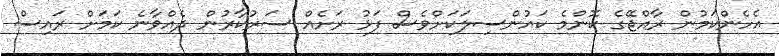
އެހެންކަމުން ރާއްޖޭގެ ކޮންމެ ކައުންސިލަކަށްވެސް ފަޅު ރަށެއް ސަރުކާރުން ދެއްވާނެ ކަމަށް ރައިސް